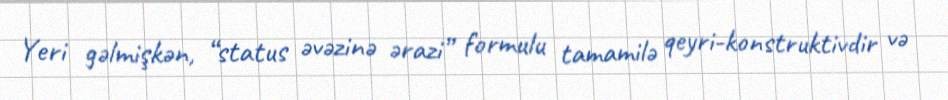
Yeri gəlmişkən, “status əvəzinə ərazi” formulu tamamilə qeyri-konstruktivdir və